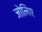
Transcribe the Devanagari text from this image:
जोलिए